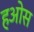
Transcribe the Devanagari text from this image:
हओस